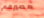
مصيرهم